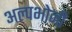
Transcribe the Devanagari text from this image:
अल्पभोजी